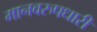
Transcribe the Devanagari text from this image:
मानवरुपधारी